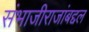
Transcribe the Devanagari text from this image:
संभाजीराजांबद्दल